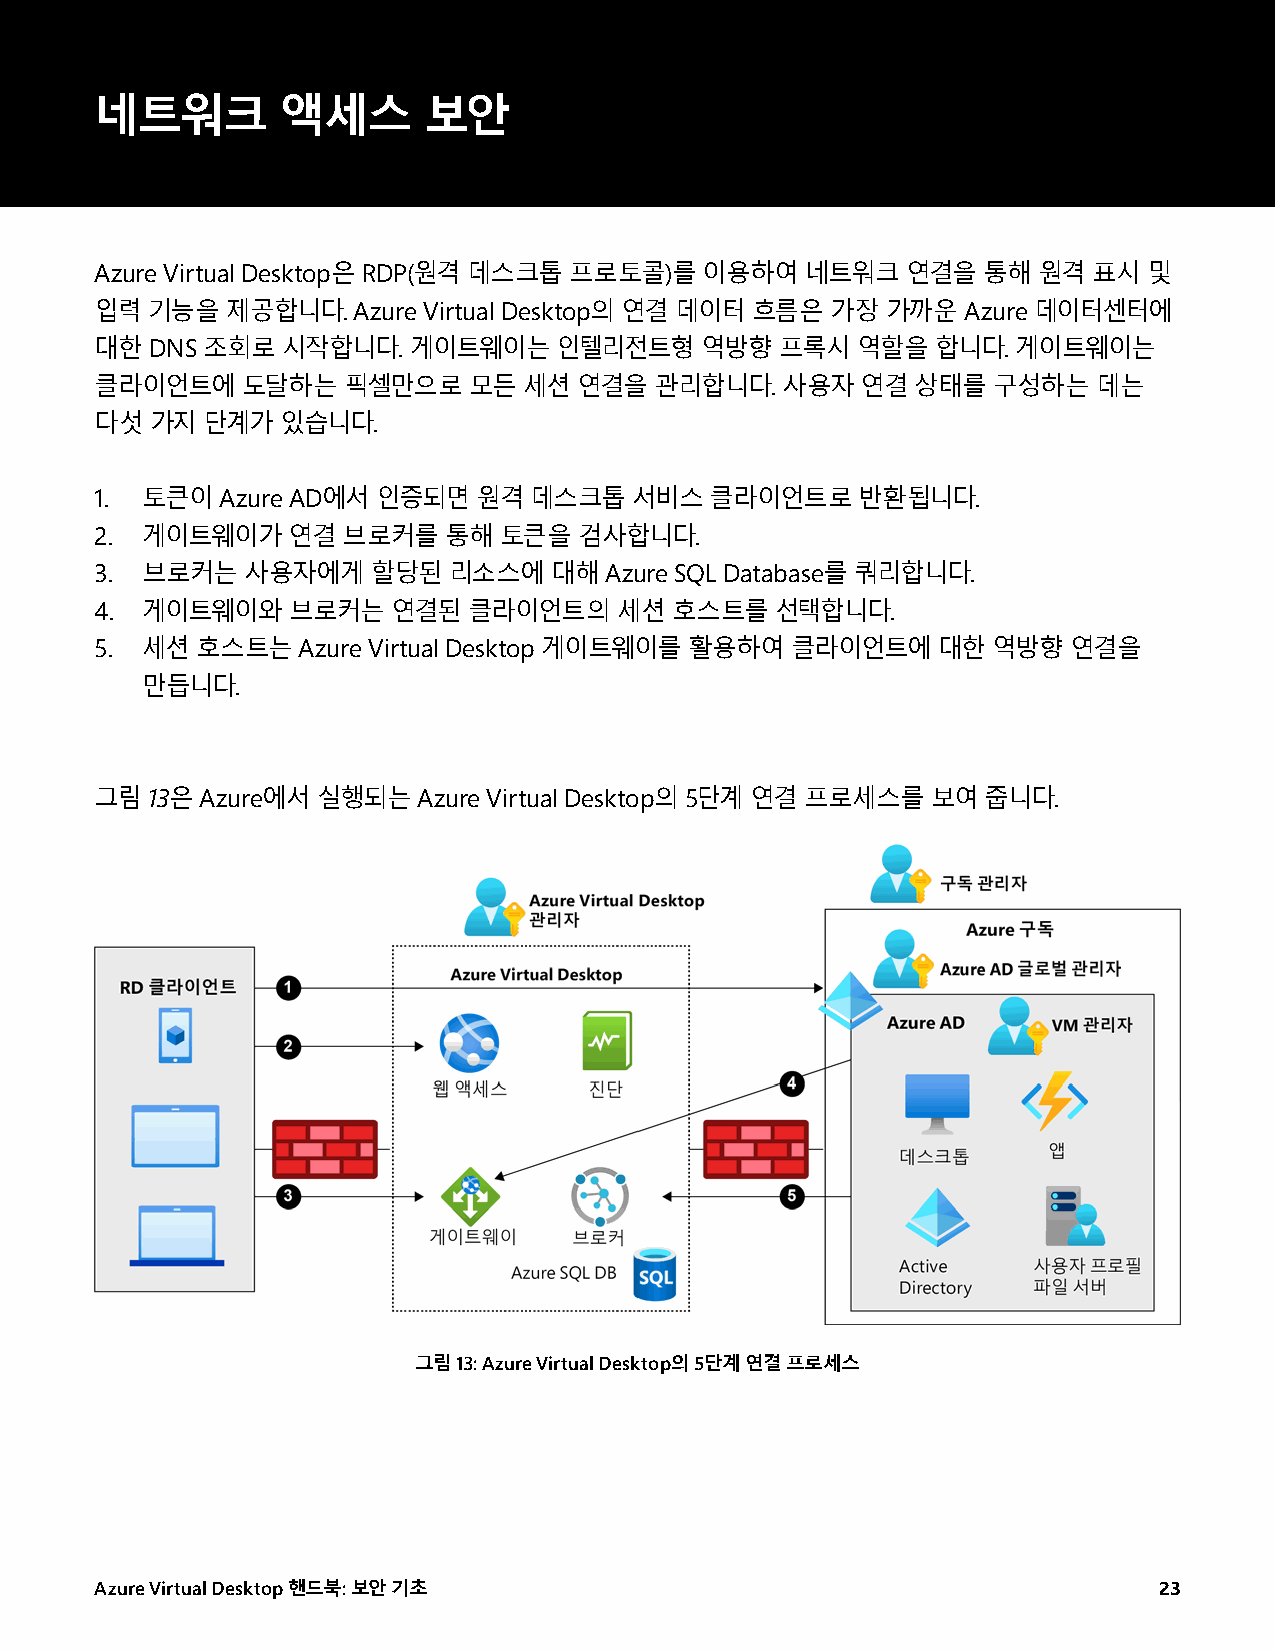
네트워크         액세스      보안
 Azure Virtual Desktop은 RDP(원격 데스크톱 프로토콜)를 이용하여 네트워크   연결을  통해  원격 표시  및
 입력  기능을  제공합니다.  Azure Virtual Desktop의 연결 데이터 흐름은 가장 가까운 Azure 데이터센터에
 대한  DNS 조회로  시작합니다.  게이트웨이는    인텔리전트형   역방향   프록시  역할을  합니다. 게이트웨이는
 클라이언트에    도달하는   픽셀만으로   모든  세션 연결을  관리합니다.   사용자  연결  상태를  구성하는   데는
 다섯  가지 단계가   있습니다.
 1. 토큰이   Azure AD에서 인증되면  원격 데스크톱   서비스  클라이언트로    반환됩니다.
 2. 게이트웨이가    연결  브로커를  통해  토큰을  검사합니다.
 3. 브로커는   사용자에게    할당된  리소스에  대해  Azure SQL Database를 쿼리합니다.
 4. 게이트웨이와    브로커는   연결된  클라이언트의    세션 호스트를   선택합니다.
 5. 세션  호스트는   Azure Virtual Desktop 게이트웨이를 활용하여 클라이언트에  대한  역방향  연결을
 만듭니다.
 그림  13은 Azure에서 실행되는  Azure Virtual Desktop의 5단계 연결 프로세스를 보여 줍니다.
 그림 13: Azure Virtual Desktop의 5단계 연결 프로세스
 Azure Virtual Desktop 핸드북: 보안 기초                                       23